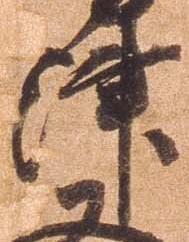
津